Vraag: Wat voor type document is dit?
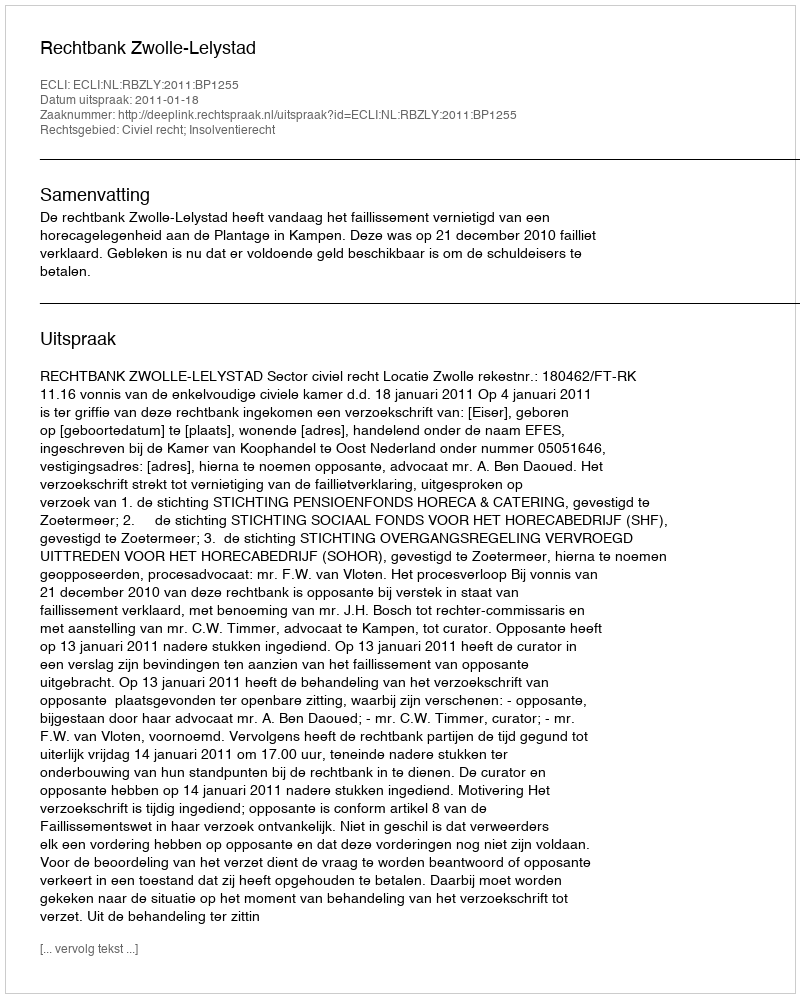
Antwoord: Uitspraak